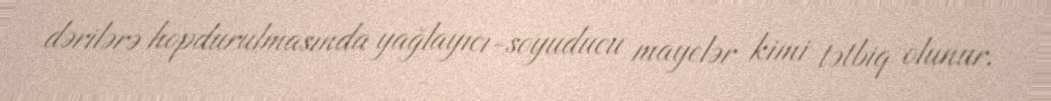
dərilərə hopdurulmasında yağlayıcı-soyuducu mayelər kimi tətbiq olunur.